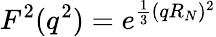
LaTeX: F^{2}(q^{2})=e^{\frac{1}{3}(qR_{N})^{2}}